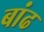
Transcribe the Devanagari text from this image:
बांढ